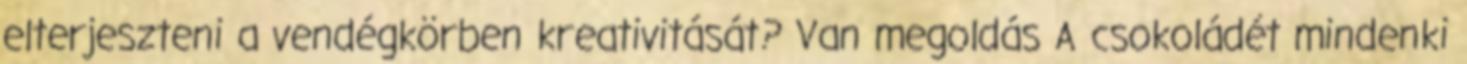
elterjeszteni a vendégkörben kreativitását? Van megoldás A csokoládét mindenki